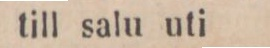
till salu uti